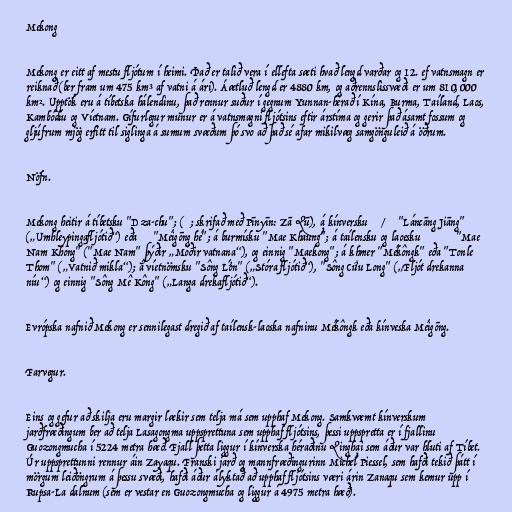
Mekong

Mekong er eitt af mestu fljótum í heimi. Það er talið vera í ellefta sæti hvað lengd varðar og 12. ef vatnsmagn er
reiknað (ber fram um 475 km³ af vatni á ári). Áætluð lengd er 4880 km, og aðrennslissvæði er um 810,000
km². Upptök eru á tíbetska hálendinu, það rennur suður í gegnum Yunnan-hérað í Kína, Burma, Taíland, Laos,
Kambódíu og Víetnam. Gífurlegur munur er á vatnsmagni fljótsins eftir árstíma og gerir það ásamt fossum og
gljúfrum mjög erfitt til siglinga á sumum svæðum þó svo að það sé afar mikilvæg samgönguleið á öðrum.

Nöfn.

Mekong heitir á tíbetsku "Dza-chu"; (扎曲; skrifað með Pīnyīn: Zā Qū), á kínversku 澜沧江/瀾滄江 "Láncāng Jiāng"
(„Umhleypingafljótið“) eða 湄公河 "Méigōng hé"; á burmísku "Mae Khaung"; á taílensku og laoesku แม่น้ำโขง "Mae
Nam Khong" ("Mae Nam" þýðir „Móðir vatnana“), og einnig "Maekong"; á khmer "Mékôngk" eða "Tonle
Thom" („Vatnið mikla“); á víetnömsku "Sông Lớn" („Stóra fljótið“), "Sông Cửu Long" („Fljót drekanna
níu“) og einnig "Sông Mê Kông" („Langa drekafljótið“).

Evrópska nafnið Mekong er sennilegast dregið af taílensk-laoska nafninu Mékôngk eða kínveska Méigōng.

Farvegur.

Eins og gefur að skilja eru margir lækir sem telja má sem upphaf Mekong. Samkvæmt kínverskum
jarðfræðingum ber að telja Lasagongma uppsprettuna sem upphaf fljótsins, þessi uppspretta er í fjallinu
Guozongmucha í 5224 metra hæð. Fjall þetta liggur í kínverska héraðinu Qinghai sem áður var hluti af Tíbet.
Úr uppsprettunni rennur áin Zayaqu. Franski jarð og mannfræðingurinn Michel Piessel, sem hafði tekið þátt í
mörgum leiðöngrum á þessu svæði, hafði áður ályktað að upphaf fljótsins væri árin Zanaqu sem kemur upp í
Rupsa-La dalnum (sem er vestar en Guozongmucha og liggur á 4975 metra hæð).